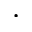
.